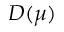
D ( \mu )